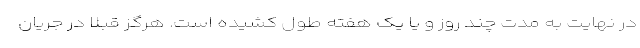
در نهایت به مدت چند روز و یا یک هفته طول کشیده است. هرگز قبلا در جریان